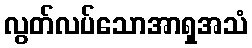
လွတ်လပ်သောအာရှအသံ